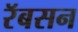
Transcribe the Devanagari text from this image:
रॅबसन